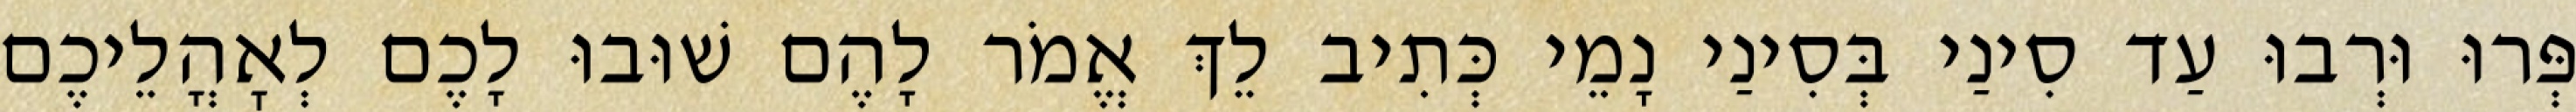
פְּרוּ וּרְבוּ עַד סִינַי בְּסִינַי נָמֵי כְּתִיב לֵךְ אֱמֹר לָהֶם שׁוּבוּ לָכֶם לְאׇהֳלֵיכֶם